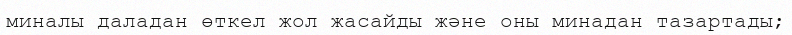
миналы даладан өткел жол жасайды және оны минадан тазартады;